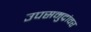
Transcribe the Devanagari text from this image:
उपसमुद्रांवर